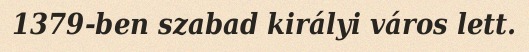
1379-ben szabad királyi város lett.